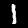
Label: 1